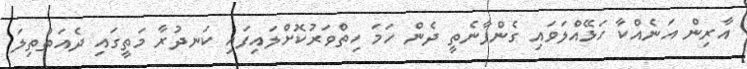
އާރިން އަނެއްކާ ހަޅޭއްލަވައި ގެންފާނެތީ ދެން ހަމަ ހިތްވަރުކޮށްލައިފައި ކަނދުރާ މަތީގައި ދެއަތްތިލަ